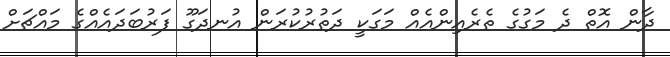
ދާން އޮތް ދެ މަގުގެ ތެރެއިންއެއް މަގަކީ ދަތުރުކުރަން އުނދަގޫ ފަރުބަދައެއްގެ މައްޗަށް